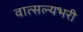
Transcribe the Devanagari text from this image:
वात्सल्यभरी